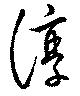
淳